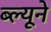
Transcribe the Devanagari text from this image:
ब्ल्यूने